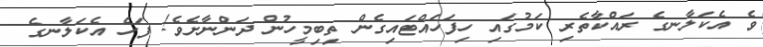
ވެ އެކަލާނގެ ރައްކާތެރި ކަމުގައި ހިފަހައްޓައިގެން ތިބިމީހުން ދަންނާށެވެ! ފަހެ އެކަލާނގެ